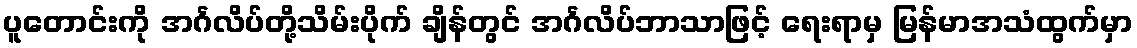
ပူတောင်းကို အင်္ဂလိပ်တို့သိမ်းပိုက် ချိန်တွင် အင်္ဂလိပ်ဘာသာဖြင့် ရေးရာမှ မြန်မာအသံထွက်မှာ